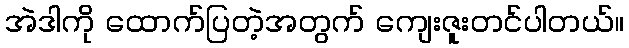
အဲဒါကို ထောက်ပြတဲ့အတွက် ကျေးဇူးတင်ပါတယ်။